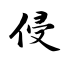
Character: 侵